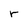
Character: r